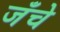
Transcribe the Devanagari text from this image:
जँचे